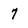
Character: 7